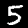
Label: 5